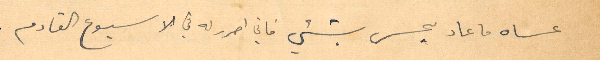
عساه ما عاد يحس بشيء فاني احرر له في الأسبوع القادم